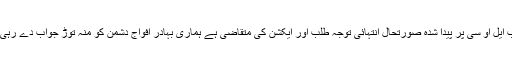
انہوں نے کہا کہ بھارتی جارحیت کے سبب ایل او سی پر پیدا شدہ صورتحال انتہائی توجہ طلب اور ایکشن کی متقاضی ہے ہماری بہادر افواج دشمن کو منہ توڑ جواب دے رہی ہیں اور ہماری عوام کے حوصلے بلند ہیں۔